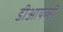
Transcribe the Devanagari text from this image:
डीआयव्ही